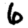
Digit: 6